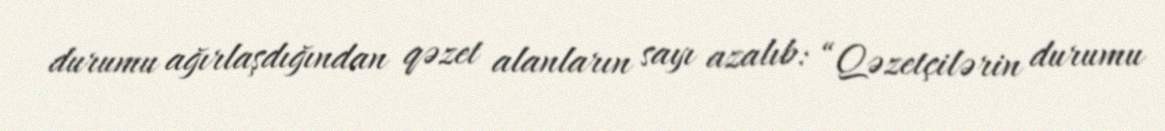
durumu ağırlaşdığından qəzet alanların sayı azalıb: “Qəzetçilərin durumu